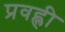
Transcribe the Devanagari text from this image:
प्रवह्ली